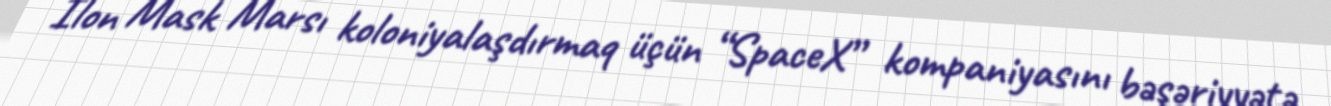
İlon Mask Marsı koloniyalaşdırmaq üçün “SpaceX” kompaniyasını bəşəriyyətə